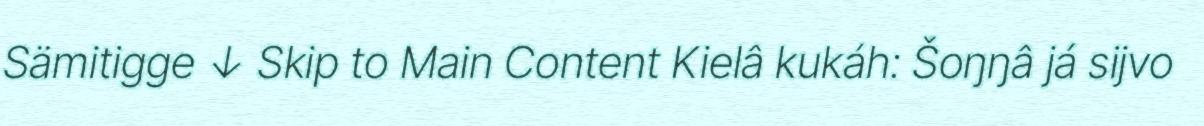
Sämitigge ↓ Skip to Main Content Kielâ kukáh: Šoŋŋâ já sijvo